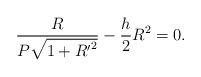
LaTeX: \begin{align*}\frac{R}{P\sqrt{1+{R^{\prime}}^2}}-\frac{h}{2}R^2=0.\end{align*}